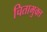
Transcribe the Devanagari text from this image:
चितामुक्त